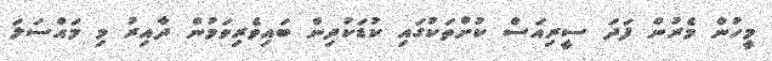
މީހުން މެރުން ފަދަ ސީރިއަސް ކުށްތަކުގައި ކުޑަކުދިން ބައިވެރިވަމުން ދާއިރު މި މައްސަލަ